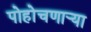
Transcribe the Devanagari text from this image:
पोहोचणार्‍या